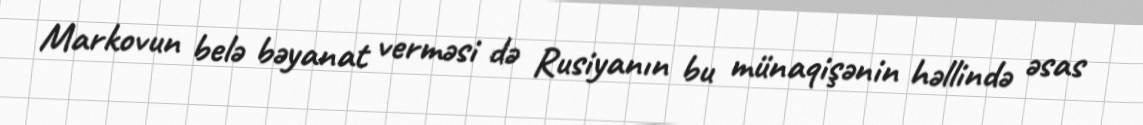
Markovun belə bəyanat verməsi də Rusiyanın bu münaqişənin həllində əsas